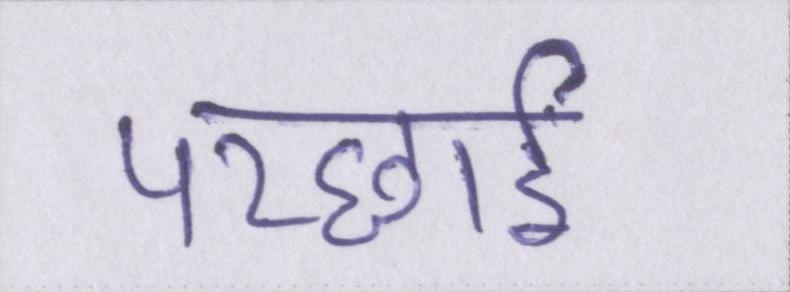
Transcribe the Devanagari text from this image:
परछाईं